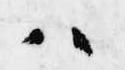
ハ